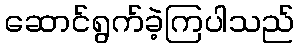
ဆောင်ရွက်ခဲ့ကြပါသည်